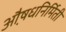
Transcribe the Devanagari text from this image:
औ़़षधनिर्मिती